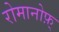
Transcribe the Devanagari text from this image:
रोमानोफ़्